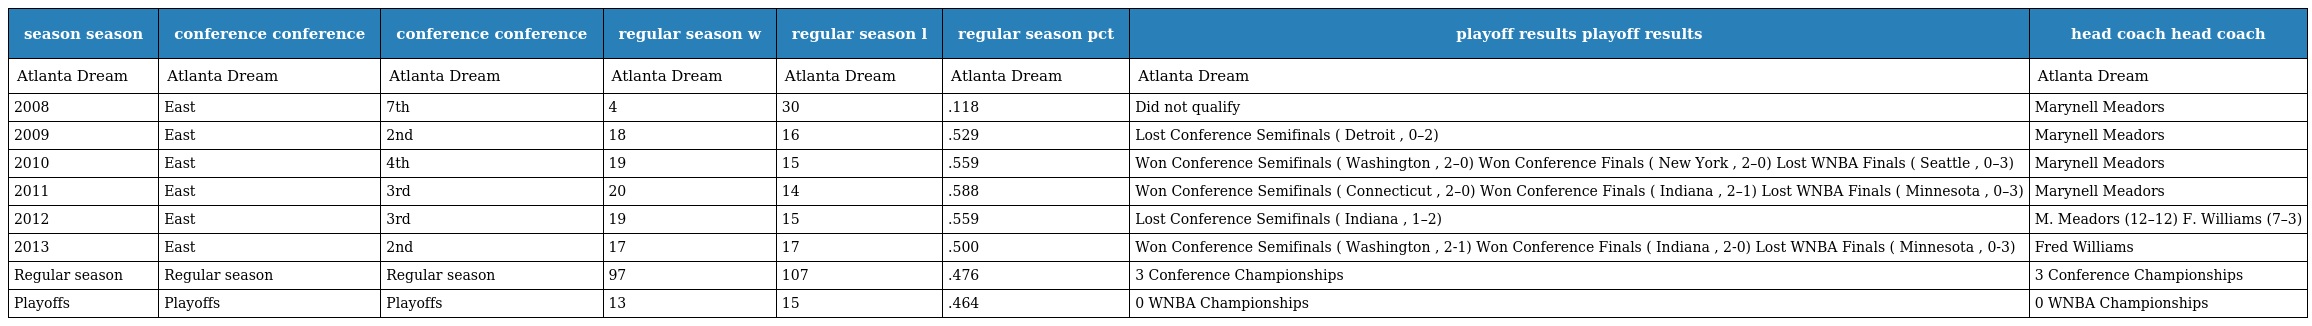
| season season | conference conference | conference conference | regular season w | regular season l | regular season pct | playoff results playoff results | head coach head coach |
 | --- | --- | --- | --- | --- | --- | --- | --- |
 | Atlanta Dream | Atlanta Dream | Atlanta Dream | Atlanta Dream | Atlanta Dream | Atlanta Dream | Atlanta Dream | Atlanta Dream |
 | 2008 | East | 7th | 4 | 30 | .118 | Did not qualify | Marynell Meadors |
 | 2009 | East | 2nd | 18 | 16 | .529 | Lost Conference Semifinals ( Detroit , 0–2) | Marynell Meadors |
 | 2010 | East | 4th | 19 | 15 | .559 | Won Conference Semifinals ( Washington , 2–0) Won Conference Finals ( New York , 2–0) Lost WNBA Finals ( Seattle , 0–3) | Marynell Meadors |
 | 2011 | East | 3rd | 20 | 14 | .588 | Won Conference Semifinals ( Connecticut , 2–0) Won Conference Finals ( Indiana , 2–1) Lost WNBA Finals ( Minnesota , 0–3) | Marynell Meadors |
 | 2012 | East | 3rd | 19 | 15 | .559 | Lost Conference Semifinals ( Indiana , 1–2) | M. Meadors (12–12) F. Williams (7–3) |
 | 2013 | East | 2nd | 17 | 17 | .500 | Won Conference Semifinals ( Washington , 2-1) Won Conference Finals ( Indiana , 2-0) Lost WNBA Finals ( Minnesota , 0-3) | Fred Williams |
 | Regular season | Regular season | Regular season | 97 | 107 | .476 | 3 Conference Championships | 3 Conference Championships |
 | Playoffs | Playoffs | Playoffs | 13 | 15 | .464 | 0 WNBA Championships | 0 WNBA Championships |